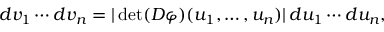
d v _ { 1 } \cdots d v _ { n } = | \operatorname* { d e t } ( D \varphi ) ( u _ { 1 } , \ldots , u _ { n } ) | \, d u _ { 1 } \cdots d u _ { n } ,